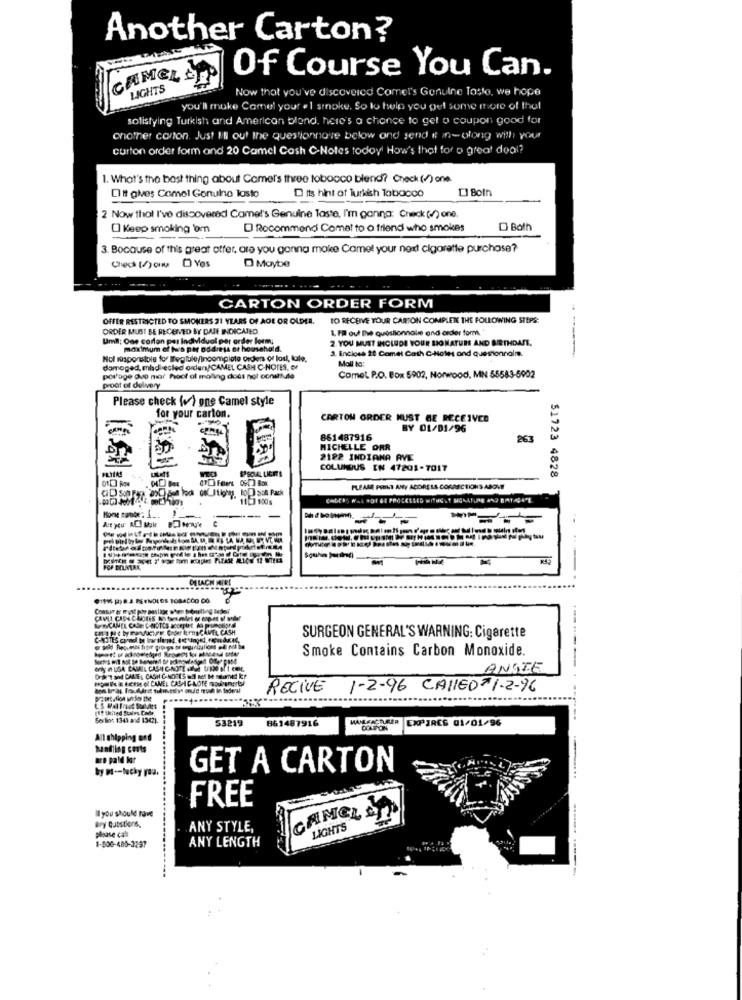
Another Carton?
Of Course You Can.
CAMELS
LIGHTS
Now that you've discovered Camel's Genuine Taste, we hope
you'll muke Camel your . 1 smoke, So lo help you get some more of thel
solistying Turkish and American blond, here's a chance to get o coupon good for
onother carton, Just INI out the questionnaire below and send it in-along with your
curton order form and 20 Camel Cash C-Notes todoy' How's that for a great deal?
1. What's the best thing about Came's three tobacco blend? Check (f)one
[] Boln
CI tt gives Comel Gonulne losto
D its hint of Turkish Tobacco
2 Now that I've discovered Comet's Genuine Taste, I'm gonna: Check (/) one.
O Keep smoking 'om
D Recommend Comat to o friend who smokes
D Both
3. Bocause of this great offer, are you gonna make Camel your next cigarette purchase?
Check (/)ou O Yes
D Maybe
CARTON ORDER FORM
OFFER RESTRICTED TO SMOKERS 21 YEARS OF AGE OR OLDER.
TO RECEIVE YOUR CARTON COMPLETE THE FOLLOWING STEPS:
ORDER MUST BE RECEIVED BY DAJE INDICATED.
L FR oul [we questionnaire and order forms "
Umll: One cortan pas Individual por order form
2. YOU MUST INCLUDE YOUR SIGNATUR AND BIRTHDATE.
maximum of fun par oddress er household.
3. Enclose 20 Comet Cath C-Holes and questionnalm.
Not responsible for Bergtule/Incomploto orders of lost, tale
Mall to:
damaged, mladi ecled orders/CAMEL CASH C-NOTES, or
Pol'age ave mar hoof of maling does not conuntule
ComeL P.O. Box 5902, Norwood, MN 55583-5002
proct of delivery
Please check (v ) one Camel style
for your carton.
CARTON ORDER MUST BE RECEIVED
BY 01/01/96
861487916
263
MICHELLE ORR
2122 INDIANA AVE
COLUMBUS EN 47201-7017
51723 4828
PLEAM PSELT AMY ADDRESS CORRECTIONS ABOVE
11:3 100's
--- -
DELACH HIRE
Conser er mest por pastade when Something sededi
AFRICAMEL CASA C-NOTCS accepte An promotional
SURGEON GENERAL'S WARNING: Cigarette
Smoke Contains Carbon Monoxide.
ANGIE
HOMBRE ACESSO CAMEL CASHCAOTE GORIn
RECIVE
1-2-96 CALLED#1-2-96
Serbios 1341 and 1342).
53219
861487916
COUPON
EXPIRCS 01/01/96
All shipping and
hafling costs
are paid kor
by p -- lucky you.
GET A CARTON
FREE
Il you should rave
Bry Questions.
CAMEL STP
please cal
ANY STYLE,
LIGHTS
ANY LENGTH
1-800-485-3297